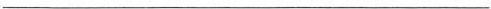
___